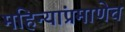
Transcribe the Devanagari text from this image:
महिन्यांप्रमाणेच